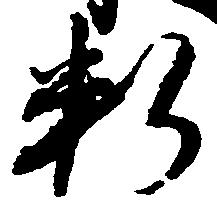
料